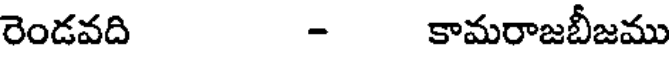
రెండవది - కామరాజబీజము